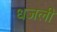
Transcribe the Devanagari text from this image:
धजली